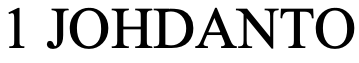
1 JOHDANTO